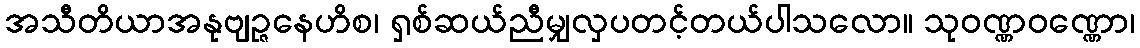
အသီတိယာအနုဗျဉ္ဇနေဟိစ၊ ရှစ်ဆယ်ညီမျှလှပတင့်တယ်ပါသလော။ သုဝဏ္ဏဝဏ္ဏော၊